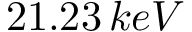
2 1 . 2 3 \, k e V